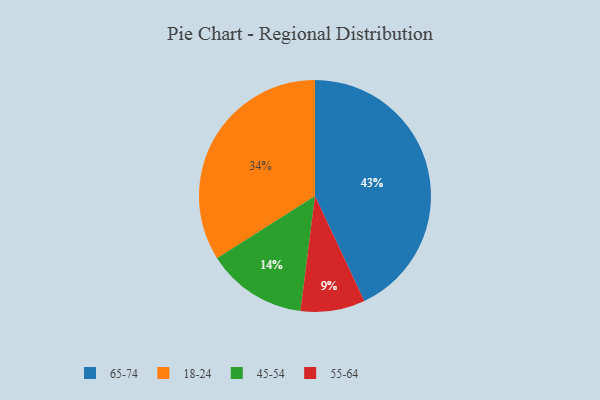
{"axis": {"x": "Category", "y": "Percentage"}, "legend": ["18-24", "45-54", "55-64", "65-74"], "data": [{"x": "18-24", "y": 34, "type": "18-24"}, {"x": "45-54", "y": 14, "type": "45-54"}, {"x": "65-74", "y": 43, "type": "65-74"}, {"x": "55-64", "y": 9, "type": "55-64"}]}